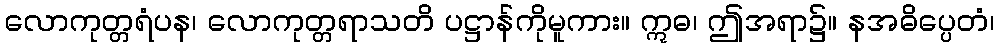
လောကုတ္တရံပန၊ လောကုတ္တရာသတိ ပဋ္ဌာန်ကိုမူကား။ ဣဓ၊ ဤအရာ၌။ နအဓိပ္ပေတံ၊